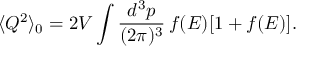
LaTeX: \langle Q ^ { 2 } \rangle _ { 0 } = 2 V \int { \frac { d ^ { 3 } p } { ( 2 \pi ) ^ { 3 } } } \, f ( E ) [ 1 + f ( E ) ] .